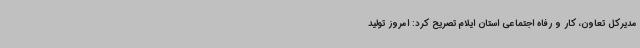
مدیرکل تعاون، کار و رفاه اجتماعی استان ایلام تصریح کرد: امروز تولید